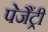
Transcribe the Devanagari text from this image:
पेजैंट्री